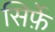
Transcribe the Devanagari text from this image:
सिर्फ़े